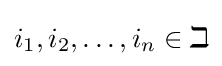
i_{1},i_{2},\ldots ,i_{n}\in \mathbb {id}